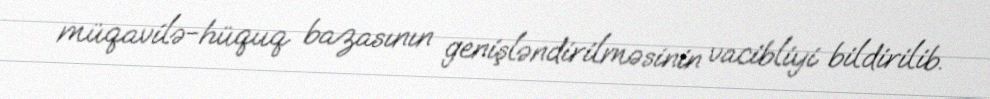
müqavilə-hüquq bazasının genişləndirilməsinin vacibliyi bildirilib.